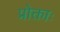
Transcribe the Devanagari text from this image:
प्रोक्ताः